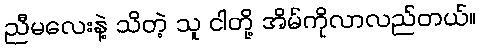
ညီမလေးနဲ့ သိတဲ့ သူ ငါတို့ အိမ်ကိုလာလည်တယ်။